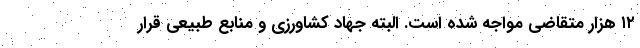
۱۲ هزار متقاضی مواجه شده است. البته جهاد کشاورزی و منابع طبیعی قرار